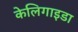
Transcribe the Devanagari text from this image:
केलिगाइडा